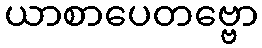
ယာစာပေတဗ္ဗော